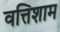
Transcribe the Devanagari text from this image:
वत्तिशाम